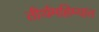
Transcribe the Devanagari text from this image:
तीर्थमहिम्यात